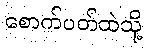
စောက်ပတ်ထဲသို့